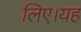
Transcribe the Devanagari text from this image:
लिए।यह